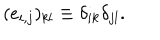
( e _ { i , j } ) _ { k l } \equiv \delta _ { i k } \delta _ { j l } .